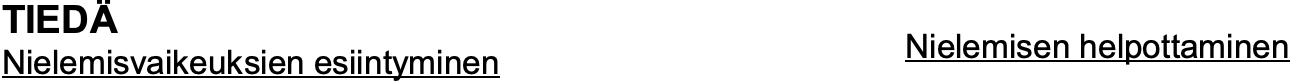
TIEDÄ Nielemisen helpottaminen Nielemisvaikeuksien esiintyminen